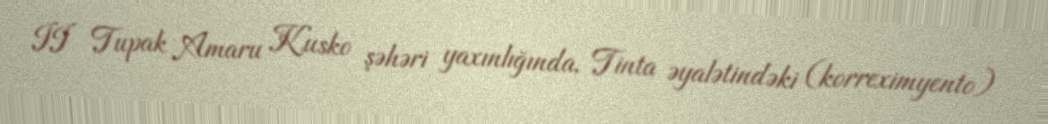
II Tupak Amaru Kusko şəhəri yaxınlığında, Tinta əyalətindəki (korreximyento)